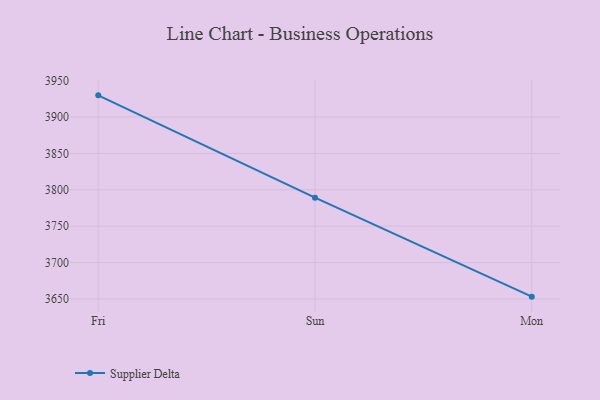
{"axis": {"x": "Day", "y": "Budget (USD K)"}, "legend": ["Supplier Delta"], "data": [{"x": "Fri", "y": 3929.9, "type": "Supplier Delta"}, {"x": "Sun", "y": 3789.2, "type": "Supplier Delta"}, {"x": "Mon", "y": 3653.1, "type": "Supplier Delta"}]}